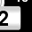
Digit: 2